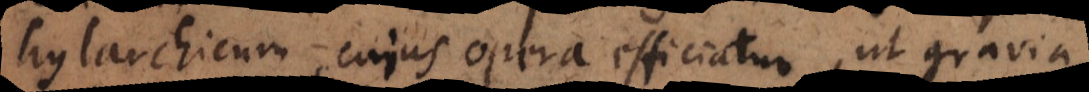
hylarchicum, cujus opera efficiatur, ut gravia